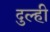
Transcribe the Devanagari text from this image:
दुल्ही